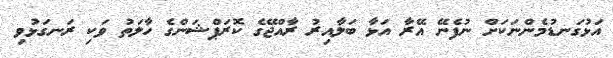
އަޅުގަނޑުމެންނަކަށް ނުފެނޭ އޭރާ އަޅާ ބަލާއިރު ރާއްޖޭގެ ކޮރަޕްޝަންގެ ހާލަތު ވަކި ރަނގަޅުވި